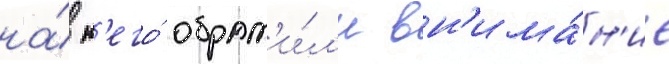
на́ н'его́ обрат'и́л'и вн'има́н'ие